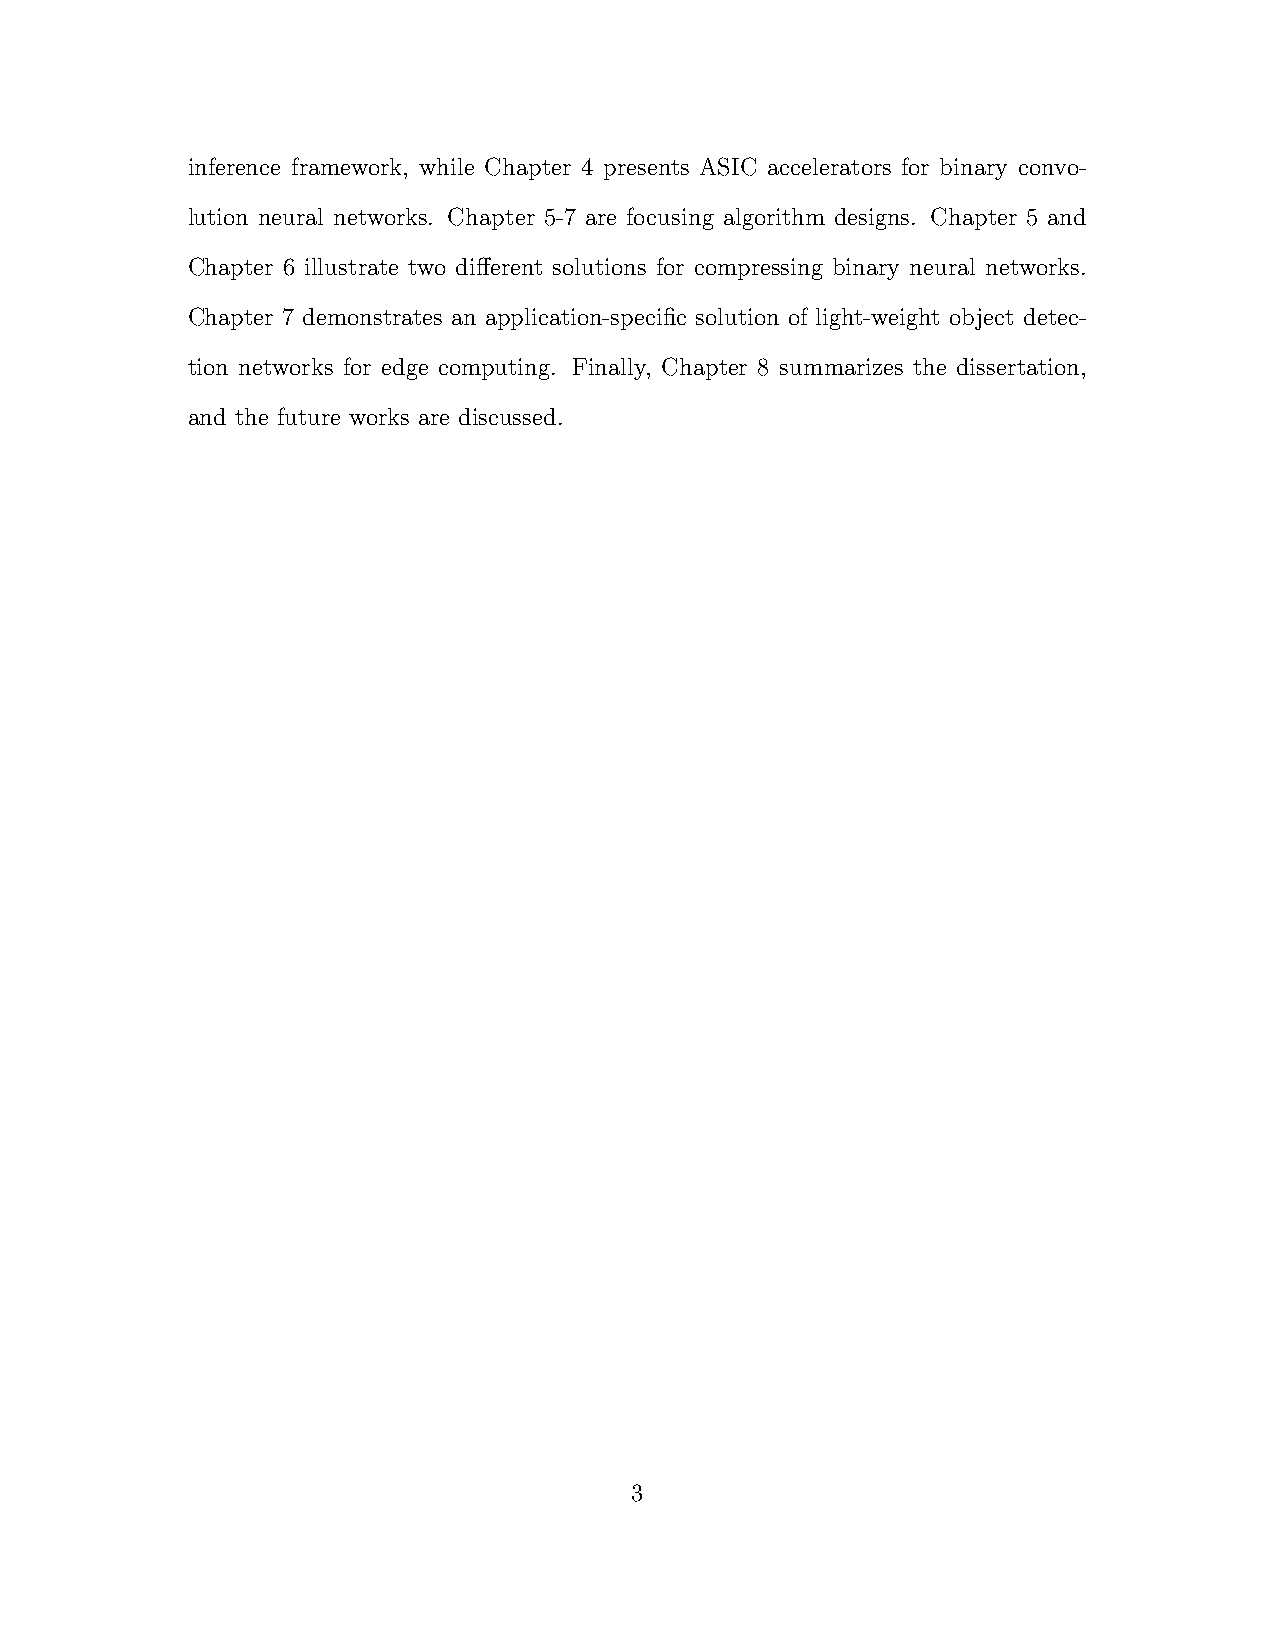
inference framework, while Chapter 4 presents ASIC accelerators for binary convo-
 lution neural networks. Chapter 5-7 are focusing algorithm designs. Chapter 5 and
 Chapter 6 illustrate two different solutions for compressing binary neural networks.
 Chapter 7 demonstrates an application-specific solution of light-weight object detec-
 tion networks for edge computing. Finally, Chapter 8 summarizes the dissertation,
 and the future works are discussed.
 3